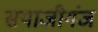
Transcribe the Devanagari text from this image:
सयाजीगंज